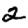
Digit: 2